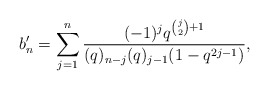
\begin{align*} b'_n = \sum_{j=1}^n \frac{(-1)^jq^{\binom{j}{2}+1}}{(q)_{n-j}(q)_{j-1}(1-q^{2j-1})},\end{align*}